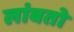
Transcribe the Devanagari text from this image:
लांबतो